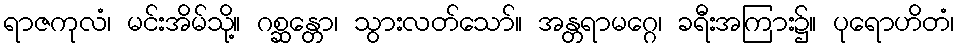
ရာဇကုလံ၊ မင်းအိမ်သို့။ ဂစ္ဆန္တော၊ သွားလတ်သော်။ အန္တရာမဂ္ဂေ၊ ခရီးအကြား၌။ ပုရောဟိတံ၊